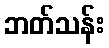
ဘတ်သန်း